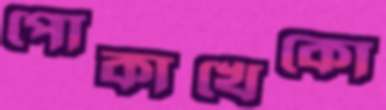
পোকাখেকো